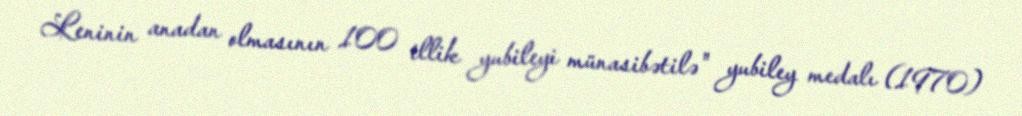
Leninin anadan olmasının 100 illik yubileyi münasibətilə" yubiley medalı (1970)